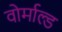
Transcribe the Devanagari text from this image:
वोर्माल्ड